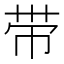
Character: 带